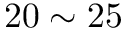
2 0 \sim 2 5